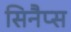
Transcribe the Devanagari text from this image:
सिनैप्स